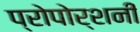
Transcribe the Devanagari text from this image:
प्रोपोर्शनी